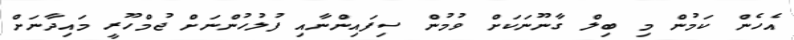
އެހެން ކަމުން މި ބިލް ގާނޫނަކަށް ވުމުން ސިފައިންނާއި ފުލުހުންނަށް ޖުމްހޫރީ މައިދާނަށް